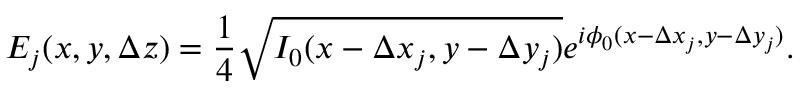
E _ { j } ( x , y , \Delta z ) = \frac { 1 } { 4 } \sqrt { I _ { 0 } ( x - \Delta x _ { j } , y - \Delta y _ { j } ) } e ^ { i \phi _ { 0 } ( x - \Delta x _ { j } , y - \Delta y _ { j } ) } .